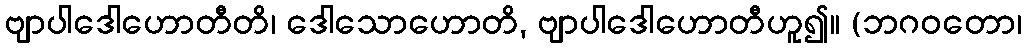
ဗျာပါဒေါဟောတီတိ၊ ဒေါသောဟောတိ, ဗျာပါဒေါဟောတီဟူ၍။ (ဘဂဝတော၊